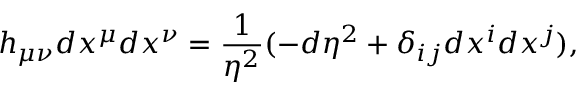
h _ { \mu \nu } d x ^ { \mu } d x ^ { \nu } = \frac { 1 } { \eta ^ { 2 } } ( - d \eta ^ { 2 } + \delta _ { i j } d x ^ { i } d x ^ { j } ) ,